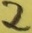
Text: 2